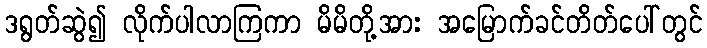
ဒရွတ်ဆွဲ၍ လိုက်ပါလာကြကာ မိမိတို့အား အမြောက်ခင်တိတ်ပေါ်တွင်